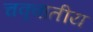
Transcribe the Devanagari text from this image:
चक्र्वातीय